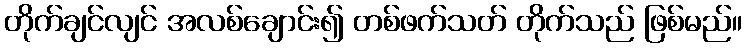
တိုက်ချင်လျင် အလစ်ချောင်း၍ တစ်ဖက်သတ် တိုက်သည် ဖြစ်မည်။